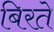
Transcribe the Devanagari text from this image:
बिरते